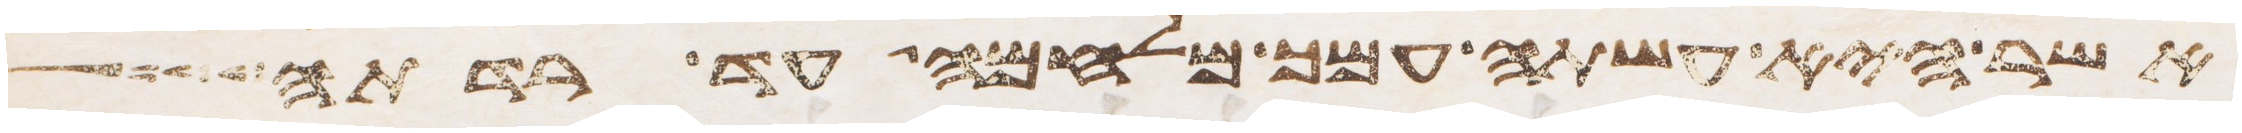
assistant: אשר היא עשתה עמך מלחמה עד רדתה